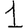
Digit: 1